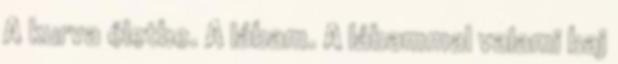
A kurva életbe. A lábam. A lábammal valami baj